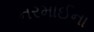
નરમાઈના